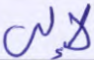
لإلى